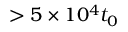
> 5 \times 1 0 ^ { 4 } t _ { 0 }